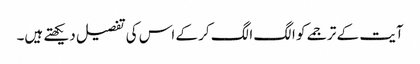
آیت کے ترجمے کو الگ الگ کر کے اس کی تفصیل دیکھتے ہیں۔